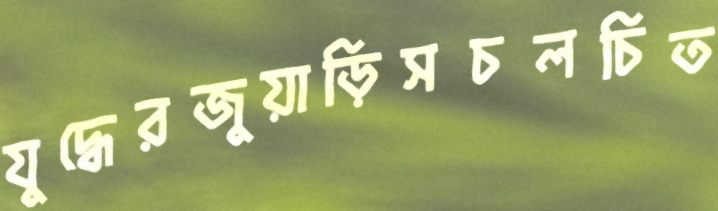
যুদ্ধেরজুয়াড়িসচলচিত